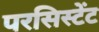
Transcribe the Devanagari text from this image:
परसिस्टेंट